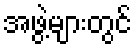
အဖွဲ့များတွင်